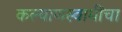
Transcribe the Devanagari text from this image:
कल्याणस्वामींचा